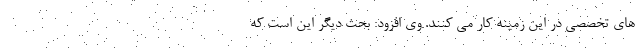
های تخصصی در این زمینه کار می کنند. وی افزود: بحث دیگر این است که